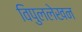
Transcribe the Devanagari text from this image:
विपुललेखन